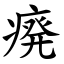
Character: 㾱